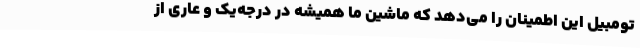
تومبیل این اطمینان را می‌دهد که ماشین ما همیشه در درجه‌یک و عاری از